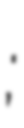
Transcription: زێبارى;